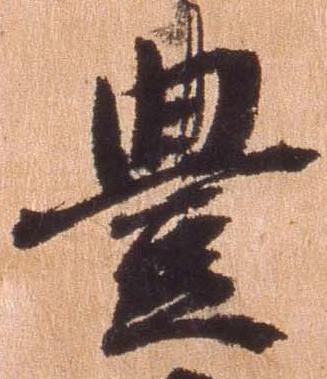
豊